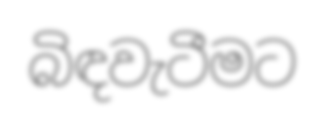
බිඳවැටීමට